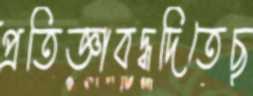
প্রতিজ্ঞাবদ্ধদিতেছ